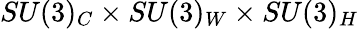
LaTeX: SU(3)_{C}\times SU(3)_{W}\times SU(3)_{H}